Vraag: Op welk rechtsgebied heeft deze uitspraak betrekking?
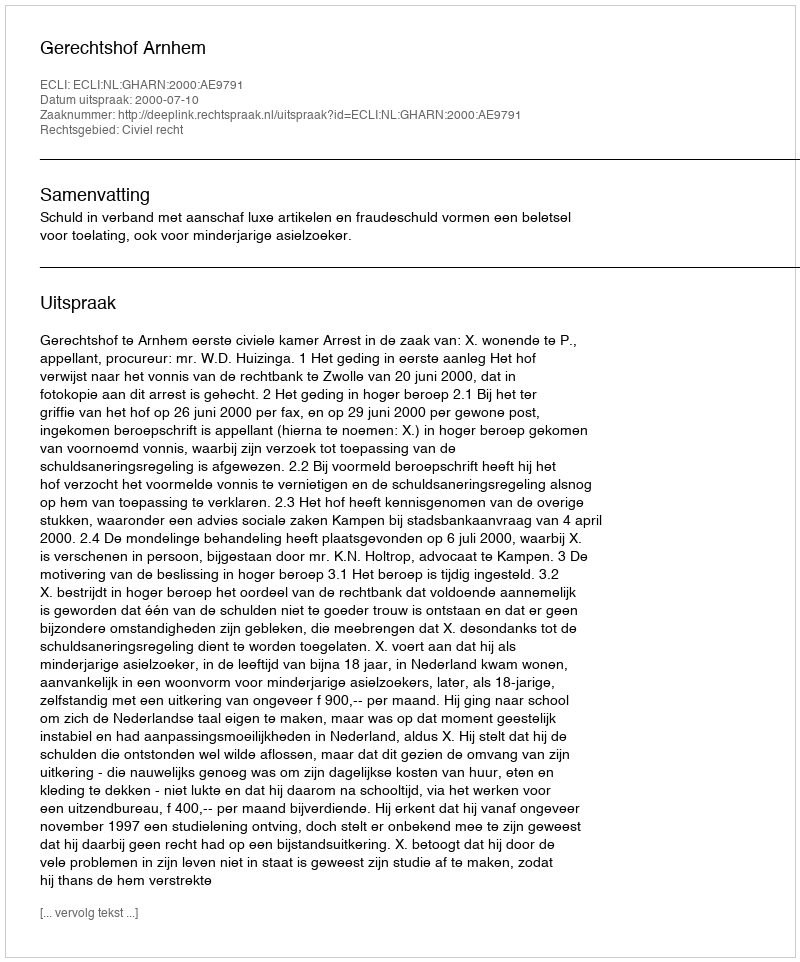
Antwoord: Civiel recht